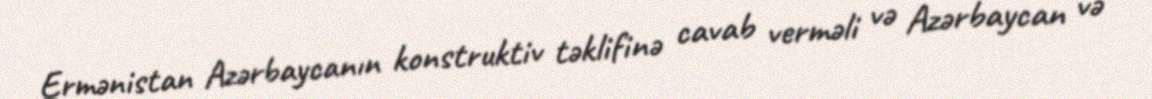
Ermənistan Azərbaycanın konstruktiv təklifinə cavab verməli və Azərbaycan və